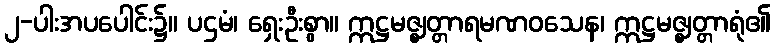
၂-ပါးအပပေါင်း၌။ ပဌမံ၊ ရှေးဦးစွာ။ ဣဋ္ဌမဇ္ဈတ္တာရမဏဝသေန၊ ဣဋ္ဌမဇ္ဈတ္တာရုံ၏